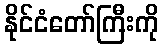
နိုင်ငံတော်ကြီးကို